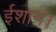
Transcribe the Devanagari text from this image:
ईशान।